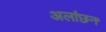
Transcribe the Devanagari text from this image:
अलांछन